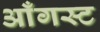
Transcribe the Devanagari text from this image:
आँगस्ट